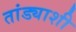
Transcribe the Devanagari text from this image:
तांड्याशी